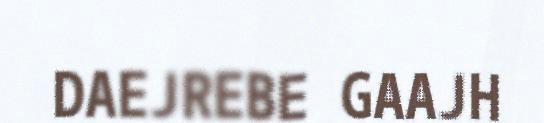
DAEJREBE GAAJH